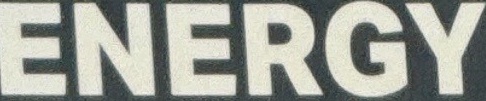
ENERGY